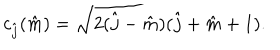
c _ { \hat { j } } ( \hat { m } ) = \sqrt { 2 ( \hat { j } - \hat { m } ) ( \hat { j } + \hat { m } + 1 ) } .